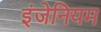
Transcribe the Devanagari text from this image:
इंजेनियम